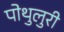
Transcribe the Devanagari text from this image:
पोथुलुरी